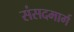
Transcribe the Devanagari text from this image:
संसदमार्ग